Lunatic asylums in Bengal annual reports 1899-1911 - 1899-1911
Year: 1899
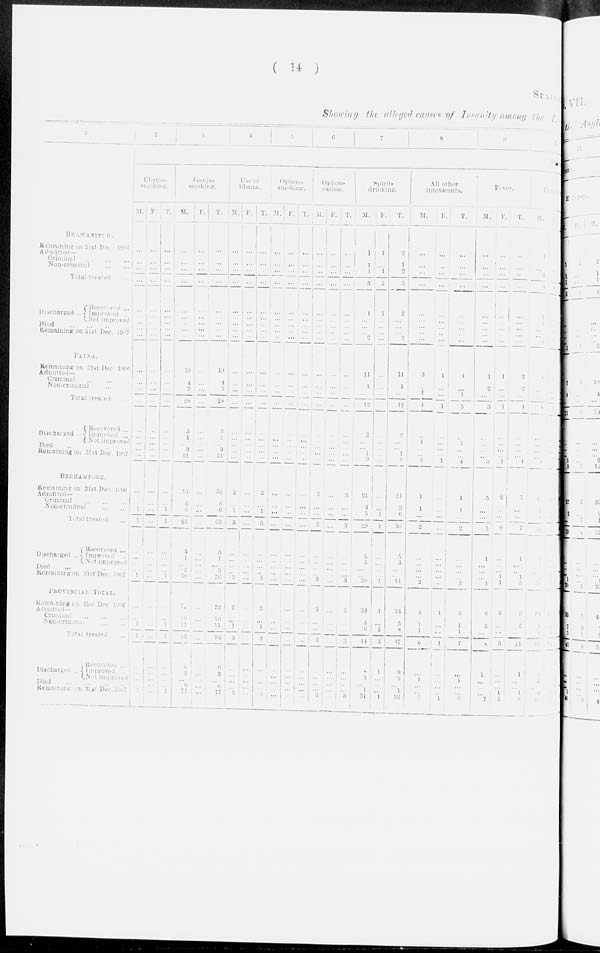
( 14 )
STATEMENT
Showing the alleged causes of Insanity among the Lun
1
BHAWANIPUR.
Remaining on 31st Dec. 1906
Admitted—
Criminal
...
...
...
Non-criminal
...
...
Total treated
...
Discharged ...
Recovered ...
Improved ...
Not improved
Died
...
...
...
...
Remaining on 31st Dec. 1907
PATNA.
Remaining on 31st Dec. 1906
Admitted—
Criminal
... ... ...
Non-criminal
...
...
Total treated ...
Discharged ...
Recovered ...
Improved ...
Not improved
Died
...
...
...
...
Remaining on 31st Dec. 1907
BERHAMPORE.
Remaining on 31st Dec. 1906
Admitted—
Criminal
...
...
...
Non-criminal
...
...
Total treated ...
Discharged ...
Recovered ...
Improved ...
Not improved
Died
...
...
...
...
Remaining on 31st Dec. 1907
PROVINCIAL TOTAL.
Remaining on 31st Dec. 1906
Admitted—
Criminal
...
...
...
Non-criminal
...
...
Total treated ...
Discharged ...
Recovered ...
Improved ...
Not improved
Died
...
...
...
...
Remaining on 31st Dec. 1907
2
3
4
5
6
7
8
9
10
PHYSI CAL
Charas-
smoking.
M.
...
...
...
...
...
...
...
...
...
...
...
...
...
...
...
...
...
...
...
...
1
1
...
...
... ...
1
...
...
...
1
1
...
...
...
...
1
F.
...
...
...
...
...
...
...
...
...
...
...
...
...
...
...
...
...
...
...
...
...
...
...
...
...
...
...
...
...
...
...
...
...
...
...
...
...
T.
...
...
...
...
...
...
...
...
...
...
...
...
...
...
...
...
...
...
...
...
1
1
...
...
...
...
1
...
...
...
1
1
...
...
...
...
1
Ganja-
smoking.
M.
...
...
...
...
...
...
...
...
...
10
4
5
28
3
1
...
3
21
53
6
6
65
3
1
...
3
56
72
...
10
11
93
6
2
...
...
77
F.
...
...
...
...
...
...
...
...
...
...
...
...
...
...
...
...
...
...
...
...
...
...
...
...
...
...
...
...
...
...
...
...
...
...
...
...
...
T.
...
...
...
...
...
...
...
...
...
10
4
5
28
3
1
...
3
21
53
6
6
65
3
1
...
3
56
72
...
10
11
93
6
2
...
...
77
Use of
bhang.
M.
...
...
...
...
...
...
...
...
...
...
...
...
...
...
...
...
...
...
2
...
1
3
...
...
...
...
3
2
...
...
1
3
...
...
... ...
3
F.
...
...
...
...
...
...
...
...
...
...
...
...
...
...
...
...
...
...
...
...
...
...
...
...
...
...
...
...
...
...
...
...
...
...
...
...
...
T.
...
...
...
...
...
...
...
...
...
...
...
...
...
...
...
...
...
...
2
...
1
3
...
...
...
...
3
2
...
...
1
3
...
...
...
...
3
Opium-
smoking.
M.
...
...
...
...
...
...
...
...
...
...
...
...
...
...
...
...
...
...
...
...
...
...
...
...
...
...
...
...
...
...
...
...
...
...
...
...
...
F.
...
...
...
...
...
...
...
...
...
...
...
...
...
...
...
...
...
...
...
...
...
...
...
...
...
...
...
...
...
...
...
...
...
...
...
...
...
T.
...
...
...
...
...
...
...
...
...
...
...
...
...
...
...
...
...
...
...
...
...
...
...
...
...
...
...
...
...
...
...
...
...
...
...
...
...
Opium-
eating.
M.
...
...
...
...
...
...
...
... ...
...
...
...
...
...
...
...
...
...
3
...
...
3
...
...
...
...
3
3
...
...
...
3
...
...
... ...
3
F.
...
...
...
...
...
...
...
...
...
...
...
...
...
...
...
...
...
...
...
...
...
...
...
...
...
...
...
...
...
...
...
...
...
...
...
...
...
T.
...
...
...
...
...
...
...
...
...
...
...
...
...
...
...
...
...
...
3
...
...
3
...
...
...
...
3
3
...
...
...
3
...
...
...
...
3
Spirit-
drinking.
M.
1
1
1
3
1
...
...
...
2
11
1
...
12
2
...
...
1
9
21
3
5
29
5
3
...
...
20
33
5
6
44
8
3
... 1
31
F.
1
...
1
2
1
...
...
...
...
...
...
...
...
...
...
...
...
...
...
...
1
1
...
...
...
...
1
1
...
2
3
1
...
...
...
1
T.
2
1
2
5
2
...
...
... 2
11
1
...
12
2
...
...
1
9
21
3
6
30
5
3
...
...
21
34
5
8
47
9
3
...
1
32
All other
intoxicants.
M.
...
...
...
...
...
...
...
...
...
3
...
1
4
...
1
...
...
3
1
1
...
2
...
...
...
...
2
4
1
1
6
...
1
...
...
5
F.
...
...
...
...
...
...
...
...
...
1
...
...
1
...
...
...
...
1
...
...
...
...
...
...
...
...
...
1
...
...
1
...
...
...
...
1
T.
...
...
...
...
...
...
...
...
...
4
...
1
5
...
1
...
...
4
1
1
...
2
...
...
...
...
2
5
1 1
7
...
1
...
...
6
Fever.
M.
...
...
...
...
...
...
...
...
...
1
2
...
3
...
...
...
...
3
5
...
...
5
1
...
...
...
4
6
2
...
8
1
...
...
...
7
F.
...
...
...
...
...
...
...
...
...
1
...
...
1
...
...
...
...
1
2
...
...
2
...
...
...
1
1
3
...
...
3
...
...
... 1
2
T.
...
...
...
...
...
...
...
...
...
2
2
...
4
...
...
...
...
4
7
...
...
7
1
...
...
1
5
9
2
...
11
1
...
... 1
9
Heridity.
M.
1
...
2
6
1
1
...
...
3
8
...
...
...
...
...
...
...
...
12
1
1
11
...
1
...
1
3
54
1
3
38
3
2
...
1
1
F.
7
...
...
...
...
...
...
7
...
...
...
1
...
...
...
...
...
1
...
...
...
1
1
...
...
1
...
...
T.
8
...
2
1
1
...
...
10
...
...
...
...
...
...
...
...
2
...
1
...
2
4
1
3
39
...
1